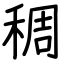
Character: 稠